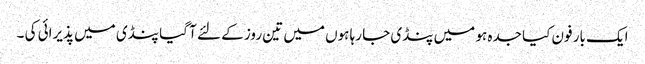
ایک بار فون کیا جدہ ہو میں پنڈی جا رہا ہوں میں تین روز کے لئے آ گیا پنڈی میں پذیرائی کی ۔